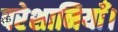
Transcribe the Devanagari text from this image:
परेशानियाँ।